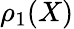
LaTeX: \rho_{1}(X)